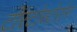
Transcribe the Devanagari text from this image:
टोस्टोस्टेरोन